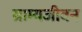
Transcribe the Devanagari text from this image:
ग्राम्यजीवन